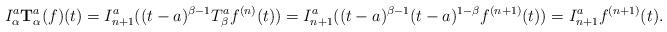
LaTeX: \begin{align*} I_\alpha^a\textbf{T}_\alpha ^a(f)(t)= I_{n+1}^a ((t-a)^{\beta-1} T_\beta ^af^{(n)}(t))= I_{n+1}^a ((t-a)^{\beta-1}(t-a)^{1-\beta} f^{(n+1)}(t))=I_{n+1}^a f^{(n+1)}(t).\end{align*}